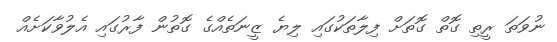
ނުވަތަ ރީތި ގޮތް ގޮތަށް ފިލާތަކުގައި ލިޔެ ޒީނަތެއްގެ ގޮތުން ފާރުގައި އެލުވާކަށެއް